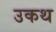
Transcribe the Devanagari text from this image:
उकथ